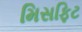
મિસફિટ